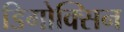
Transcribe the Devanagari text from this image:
डिगोक्सिन